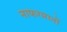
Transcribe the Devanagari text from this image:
नाफरमानों